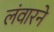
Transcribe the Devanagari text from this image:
लंवारने